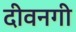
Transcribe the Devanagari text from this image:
दीवनगी